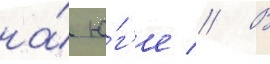
на́ ю́г'е // В